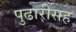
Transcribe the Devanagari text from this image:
पुढारीसह